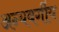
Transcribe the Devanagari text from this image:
अन्यवर्गीय